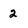
Character: 2